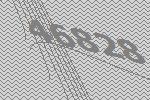
46828